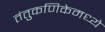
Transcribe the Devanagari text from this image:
तंतुकणिकेमध्ये